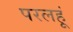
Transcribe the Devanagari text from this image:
परलहूं